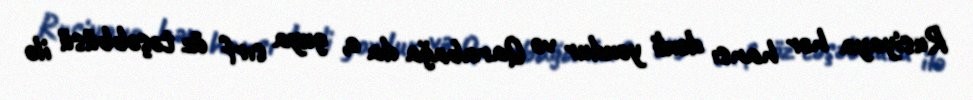
Rusiyaya hər hansı dəxli yoxdur və Qarabağa da o, guya sırf öz təşəbbüsü ilə